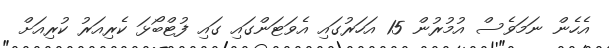
އެހެން ނަމަވެސް އުމުރުން 15 އަހަރުގައި އެވަޓަންގައި ގައި ފުޓްބޯޅަ ކެރިއަރު ކުރިއަށް